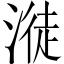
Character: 𣺺